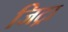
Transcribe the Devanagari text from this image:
जिट्रा